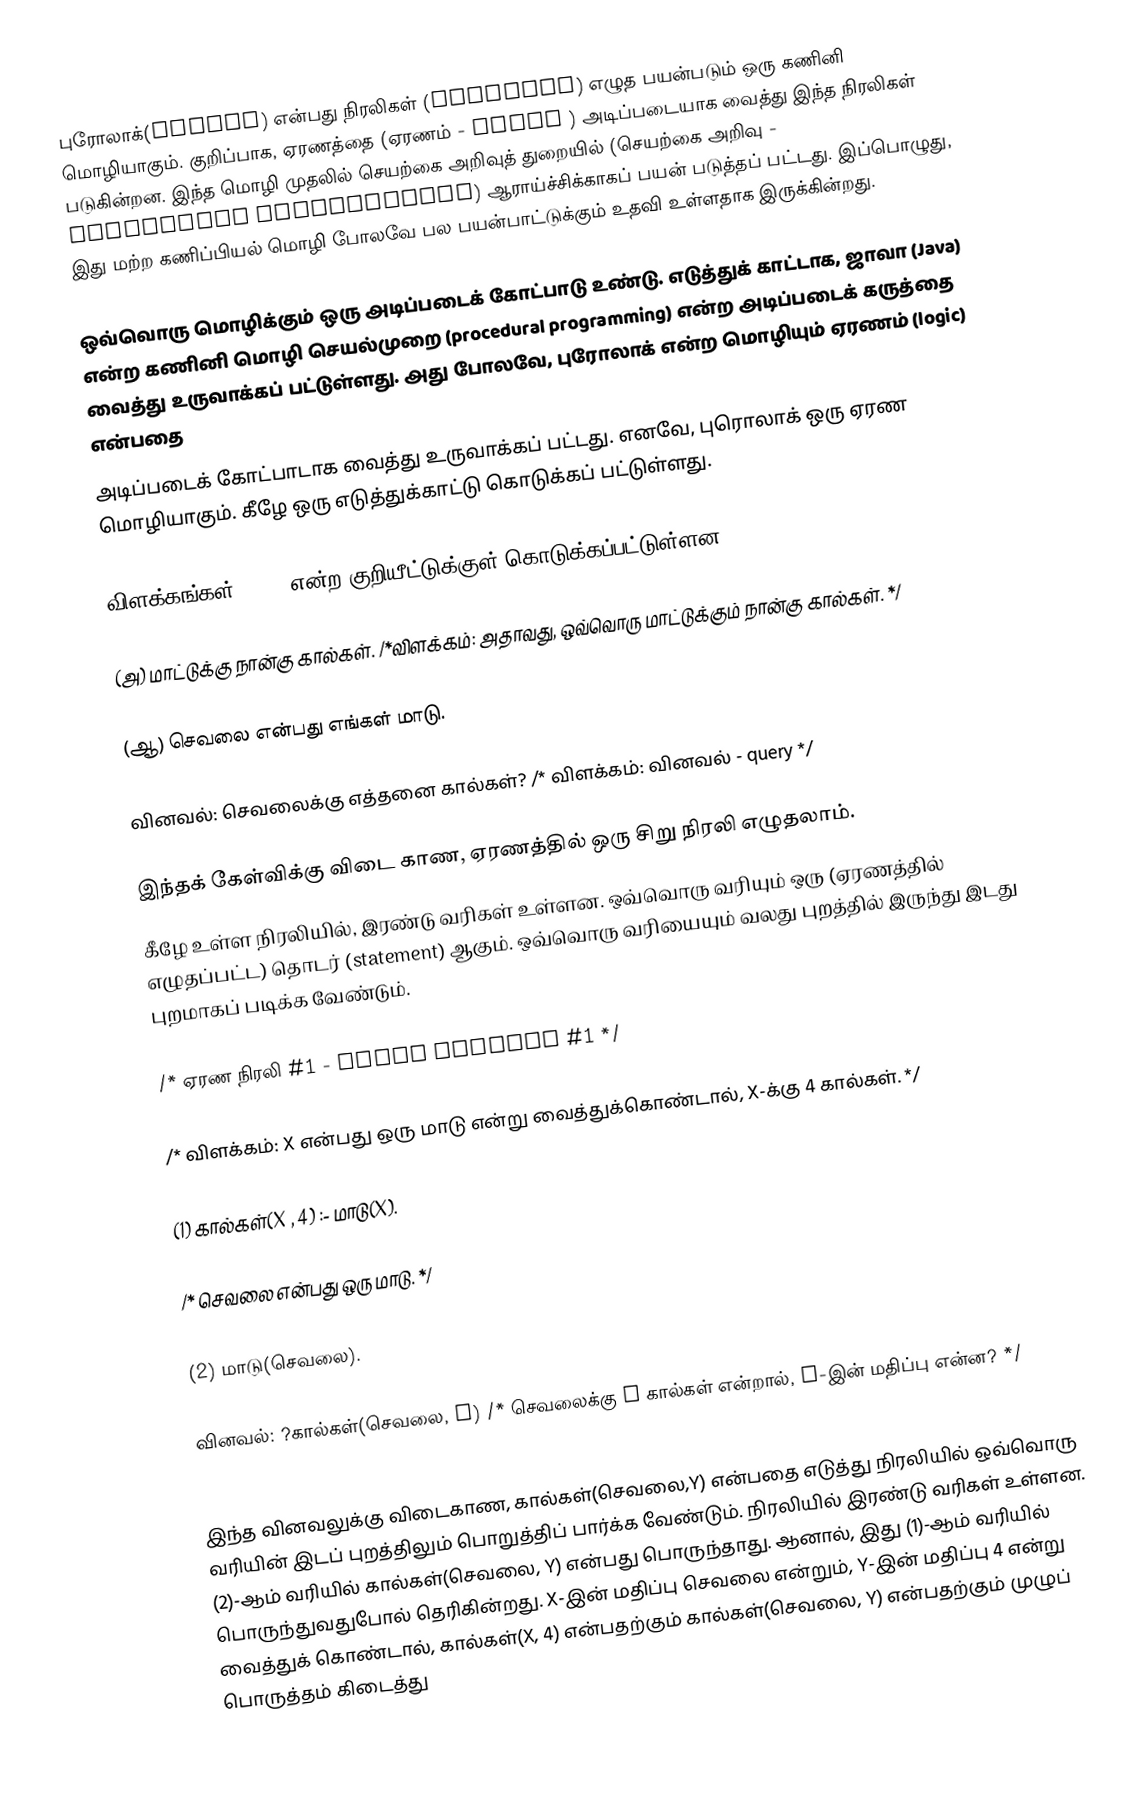
புரோலாக்(Prolog)  என்பது நிரலிகள் (programs) எழுத பயன்படும் ஒரு கணினி மொழியாகும்.  குறிப்பாக, ஏரணத்தை  (ஏரணம் - logic ) அடிப்படையாக வைத்து இந்த நிரலிகள்  படுகின்றன.   இந்த மொழி முதலில் செயற்கை அறிவுத் துறையில் (செயற்கை அறிவு - artificial intelligence)  ஆராய்ச்சிக்காகப் பயன் படுத்தப் பட்டது. இப்பொழுது, இது மற்ற கணிப்பியல் மொழி போலவே பல பயன்பாட்டுக்கும் உதவி உள்ளதாக இருக்கின்றது.

ஒவ்வொரு மொழிக்கும் ஒரு  அடிப்படைக் கோட்பாடு உண்டு. எடுத்துக் காட்டாக, ஜாவா (Java)  என்ற கணினி மொழி செயல்முறை (procedural programming) என்ற அடிப்படைக் கருத்தை வைத்து உருவாக்கப் பட்டுள்ளது. அது போலவே, புரோலாக் என்ற மொழியும்   ஏரணம் (logic) என்பதை
அடிப்படைக் கோட்பாடாக வைத்து உருவாக்கப் பட்டது. எனவே, புரொலாக் ஒரு ஏரண  மொழியாகும். கீழே ஒரு எடுத்துக்காட்டு கொடுக்கப் பட்டுள்ளது.

விளக்கங்கள்  /*  */  என்ற குறியீட்டுக்குள் கொடுக்கப்பட்டுள்ளன.

(அ) மாட்டுக்கு  நான்கு கால்கள்.           /*விளக்கம்:  அதாவது, ஒவ்வொரு மாட்டுக்கும் நான்கு கால்கள். */

(ஆ) செவலை என்பது எங்கள் மாடு.

வினவல்: செவலைக்கு எத்தனை கால்கள்?    /* விளக்கம்:  வினவல் - query */

இந்தக் கேள்விக்கு விடை காண, ஏரணத்தில்  ஒரு சிறு  நிரலி எழுதலாம்.
கீழே உள்ள நிரலியில், இரண்டு வரிகள் உள்ளன. ஒவ்வொரு வரியும் ஒரு (ஏரணத்தில் எழுதப்பட்ட) தொடர் (statement) ஆகும்.  ஒவ்வொரு வரியையும் வலது புறத்தில் இருந்து இடது புறமாகப் படிக்க வேண்டும்.

/* ஏரண நிரலி #1  - logic program #1    */

/* விளக்கம்: X என்பது ஒரு மாடு என்று வைத்துக்கொண்டால்,  X-க்கு 4 கால்கள். */

(1) கால்கள்(X , 4) :- மாடு(X).

/*  செவலை என்பது ஒரு மாடு.    */

(2) மாடு(செவலை).

வினவல்: ?கால்கள்(செவலை, Y) /* செவலைக்கு Y கால்கள் என்றால்,  Y-இன் மதிப்பு என்ன?  */

இந்த வினவலுக்கு விடைகாண, கால்கள்(செவலை,Y) என்பதை  எடுத்து  நிரலியில் ஒவ்வொரு வரியின்  இடப் புறத்திலும்  பொறுத்திப் பார்க்க  வேண்டும். நிரலியில் இரண்டு வரிகள் உள்ளன. (2)-ஆம் வரியில் கால்கள்(செவலை, Y)  என்பது பொருந்தாது. ஆனால், இது (1)-ஆம் வரியில் பொருந்துவதுபோல் தெரிகின்றது.   X-இன் மதிப்பு செவலை என்றும், Y-இன் மதிப்பு 4 என்று வைத்துக் கொண்டால், கால்கள்(X, 4) என்பதற்கும்  கால்கள்(செவலை, Y) என்பதற்கும் முழுப்  பொருத்தம் கிடைத்து